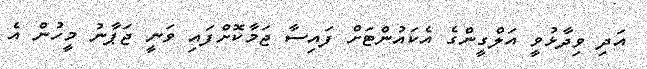
އަދި ވިދާޅުވީ އަލްގީންގެ އެކައުންޓަށް ފައިސާ ޖަމާކޮށްފައި ވަނީ ޖަޕާނު މީހުން އެ